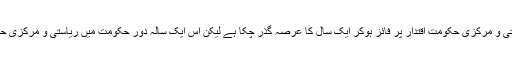
20مئی ( سیاست ڈسٹرکٹ نیوز) ریاستی و مرکزی حکومت اقتدار پر فائز ہوکر ایک سال کا عرصہ گذر چکا ہے لیکن اس ایک سالہ دور حکومت میں ریاستی و مرکزی حکومت تمام محاذ پر ناکام ہوچکی ہے ۔